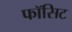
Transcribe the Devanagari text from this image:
फॉसिट